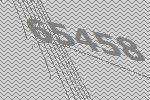
65458